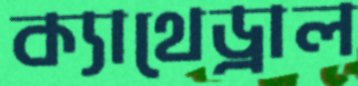
ক্যাথেড্রাল